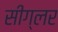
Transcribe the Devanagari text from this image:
सीग्लर